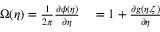
\begin{array} { r l } { \Omega ( \eta ) = \frac { 1 } { 2 \pi } \frac { \partial \phi ( \eta ) } { \partial \eta } } & { { } = 1 + \frac { \partial g ( \eta , \zeta ) } { \partial \eta } } \end{array}